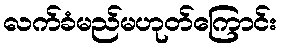
လက်ခံမည်မဟုတ်ကြောင်း